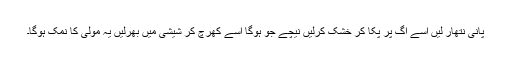
پانی نتھار لیں اسے آگ پر پکا کر خشک کرلیں نیچے جو ہوگا اسے کھرچ کر شیشی میں بھرلیں یہ مولی کا نمک ہوگا۔